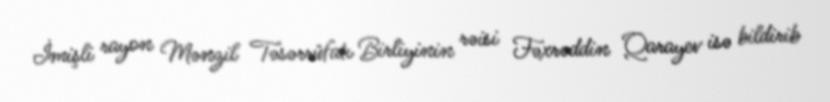
İmişli rayon Mənzil Təsərrüfatı Birliyinin rəisi Fəxrəddin Qarayev isə bildirib